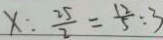
x : \frac { 2 5 } { 2 } = \frac { 1 2 } { 5 } : 3